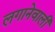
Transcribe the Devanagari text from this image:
लगानेवाली